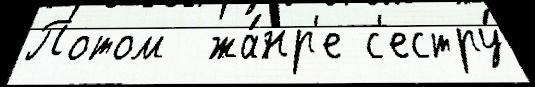
Потом  жа́нр'е с'естру́